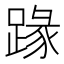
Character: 𨂦